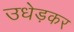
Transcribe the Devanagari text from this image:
उधेड़कर